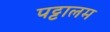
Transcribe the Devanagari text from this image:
पट्टालम